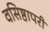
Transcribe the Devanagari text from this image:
वसिष्ठापरी